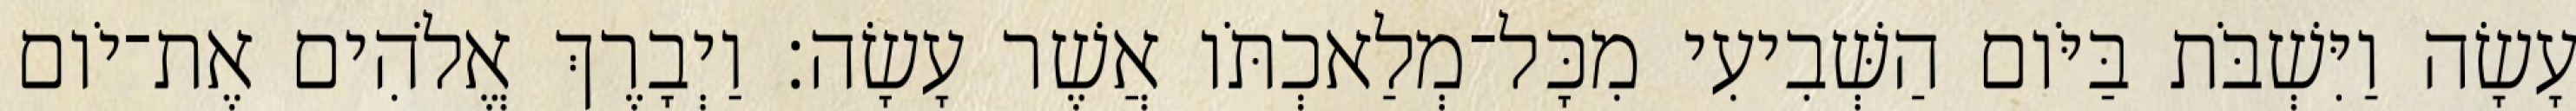
עָשָׂה וַיִּשְׁבֹּת בַּיֹּום הַשְּׁבִיעִי מִכָּל־מְלַאכְתֹּו אֲשֶׁר עָשָׂה׃ וַיְבָרֶךְ אֱלֹהִים אֶת־יֹום